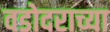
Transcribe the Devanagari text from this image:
वडोदराच्या